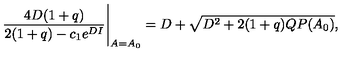
\frac { 4 D ( 1 + q ) } { 2 ( 1 + q ) - c _ { 1 } e ^ { D I } } \Bigg \vert _ { A = A _ { 0 } } = D + \sqrt { D ^ { 2 } + 2 ( 1 + q ) Q P ( A _ { 0 } ) } ,